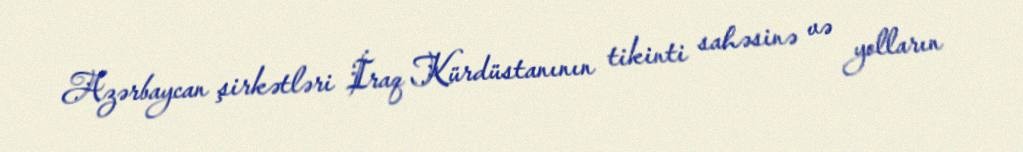
Azərbaycan şirkətləri İraq Kürdüstanının tikinti sahəsinə və yolların